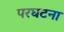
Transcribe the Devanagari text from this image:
परघटना